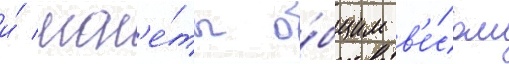
и́ мон'е́ты о́бщим в'е́сом